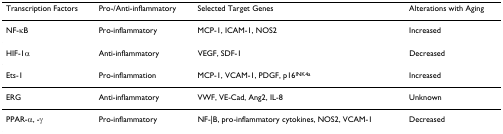
<table><thead><tr><td><b>Transcription Factors</b></td><td><b>Pro-/Anti-inflammatory</b></td><td><b>Selected Target Genes</b></td><td><b>Alterations with Aging</b></td></tr></thead><tbody><tr><td>NF-κB</td><td>Pro-inflammatory</td><td>MCP-1, ICAM-1, NOS2</td><td>Increased</td></tr><tr><td>HIF-1α</td><td>Anti-inflammatory</td><td>VEGF, SDF-1</td><td>Decreased</td></tr><tr><td>Ets-1</td><td>Pro-inflammation</td><td>MCP-1, VCAM-1, PDGF, p16<sup>INK4a</sup></td><td>Increased</td></tr><tr><td>ERG</td><td>Anti-inflammatory</td><td>VWF, VE-Cad, Ang2, IL-8</td><td>Unknown</td></tr><tr><td>PPAR-α, -γ</td><td>Pro-inflammatory</td><td>NF-|B, pro-inflammatory cytokines, NOS2, VCAM-1</td><td>Decreased</td></tr></tbody></table>